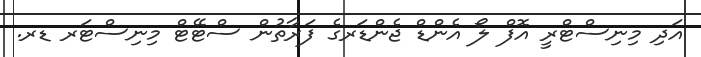
އަދި މިނިސްޓްރީ އޮފް ލޯ އެންޑް ޖެންޑަރގެ ފަރާތުން ސްޓޭޓް މިނިސްޓަރ ޑރ.